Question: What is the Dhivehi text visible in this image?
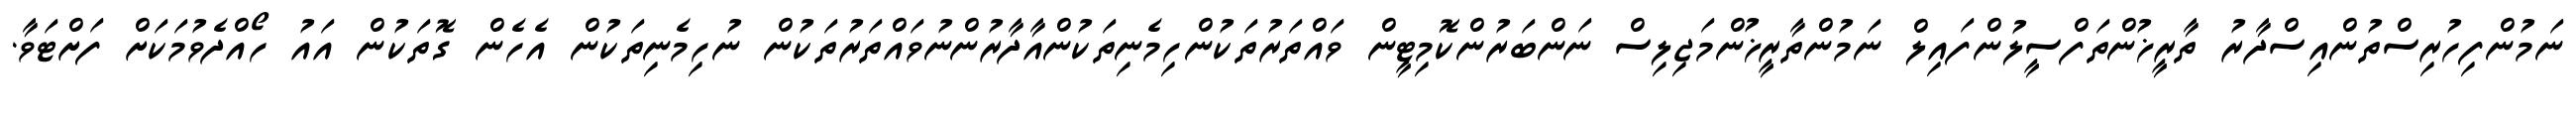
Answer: ނަމުންފިހުރިސްތުންއިސްދާރު ތާރީޚުންތަފްސީލުންފައިލް ނަމުންތާރީޚުންމަޖިލިސް ނަންބަރުންކޮމިޓީން ވައްތަރުތަކުންހިމެނިތަކުންއާދާރުންނުވައްތަރުތަކުން ނުހިމެނިތަކުން އެހެން ގޮތަކުން އައު ހޯއްދެވުމަކަށް ފަށްޓަވާ.